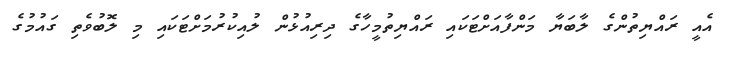
އެއީ ރައްޔިތުންގެ ލާބަޔާ މަންފާއަށްޓަކައި ރައްޔިތުމީހާގެ ދިރިއުޅުން ލުއިކުރުމަށްޓަކައި މި ލޮބުވެތި ގައުމުގެ